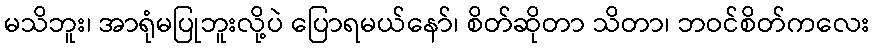
မသိဘူး၊ အာရုံမပြုဘူးလို့ပဲ ပြောရမယ်နော်၊ စိတ်ဆိုတာ သိတာ၊ ဘဝင်စိတ်ကလေး